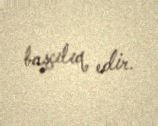
başçılıq edir.